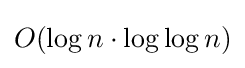
O(\log n\cdot \log \log n)